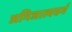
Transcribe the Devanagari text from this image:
अभिजात्यवर्ग